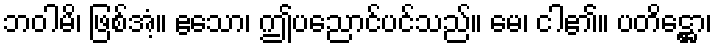
ဘဝါမိ၊ ဖြစ်အံ့။ ဧသော၊ ဤပညောင်ပင်သည်။ မေ၊ ငါ၏။ ပတိဋ္ဌော၊